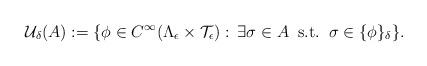
LaTeX: \begin{align*}\mathcal U_\delta (A) :=\{ \phi\in C^\infty(\Lambda_{\epsilon}\times \mathcal{T}_{\epsilon}):\,\exists \sigma\in A \;\; {\rm s.t.} \;\; \sigma\in \{\phi\}_{\delta}\}.\end{align*}